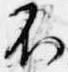
不